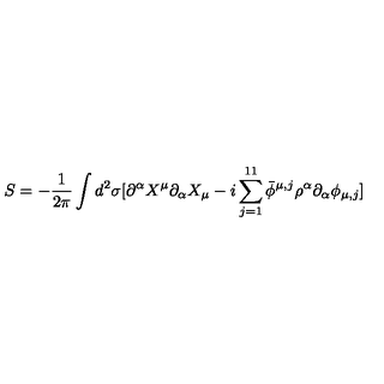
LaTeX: S = - \frac { 1 } { 2 \pi } \int d ^ { 2 } \sigma [ \partial ^ { \alpha } X ^ { \mu } \partial _ { \alpha } X _ { \mu } - i \sum _ { j = 1 } ^ { 1 1 } \bar { \phi } ^ { \mu , j } \rho ^ { \alpha } \partial _ { \alpha } \phi _ { \mu , j } ] \,